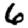
Digit: 6